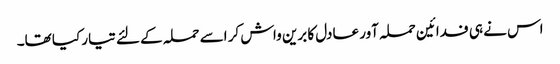
اس نے ہی فدائین حملہ آور عادل کا برین واش کر اسے حملہ کے لئے تیار کیا تھا۔